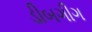
ડીબગીગ